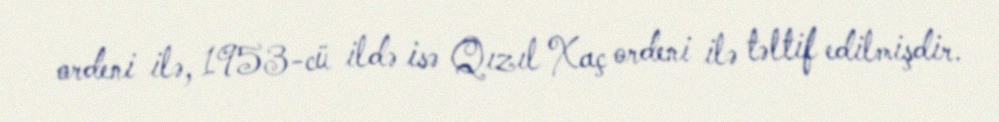
ordeni ilə, 1953-cü ildə isə Qızıl Xaç ordeni ilə təltif edilmişdir.